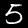
Label: 5